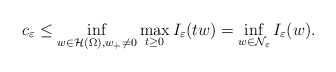
\begin{align*} c_\varepsilon\leq\inf\limits_{w\in \mathcal{H}(\Omega), w_+\neq 0}\max\limits_{t\geq 0}I_\varepsilon(tw)=\inf\limits_{w\in \mathcal{N}_\varepsilon}I_\varepsilon(w).\end{align*}